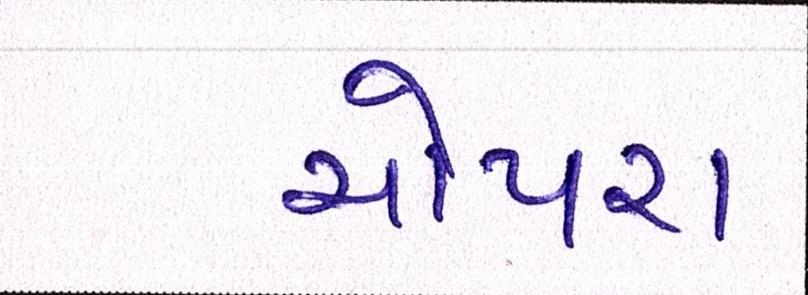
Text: ચોપરા